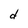
Character: d